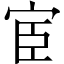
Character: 宦